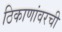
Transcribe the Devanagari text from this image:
ठिकाणांवरची